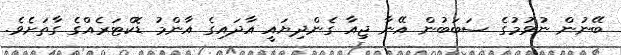
ބޭނުން ނުވުމުގެ ސަބަބުން އޭނާ ޖިއާ ގެންދިޔައީ އާދައިގެ އާންމު ޑޮކްޓަރެއްގެ ގާތަށެވެ.